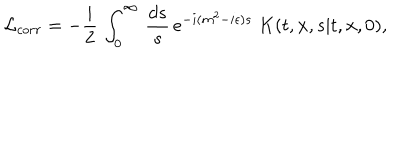
LaTeX: { \cal L } _ { c o r r } = - { \frac { i } { 2 } } \, \int _ { 0 } ^ { \infty } \, { \frac { d s } { s } } \, e ^ { - i ( m ^ { 2 } - i \epsilon ) s } \; K ( t , { \bf x } , s \vert t , { \bf x } , 0 ) ,